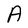
Character: A